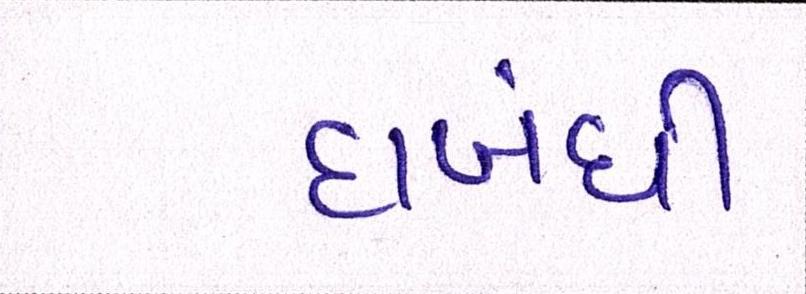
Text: દાબંધી